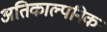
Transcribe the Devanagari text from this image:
अतिकाल्पनिक